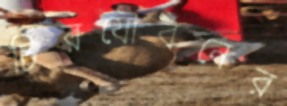
চিরযৌবনের